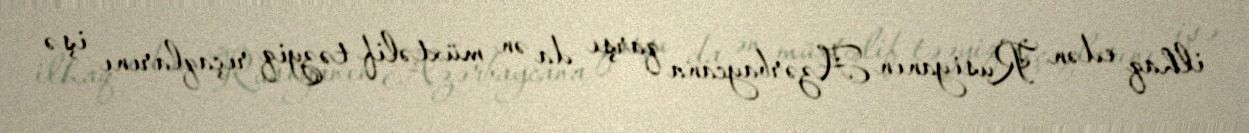
ilhaq edən Rusiyanın Azərbaycana qarşı da ən müxtəlif təzyiq rıçaqlarını işə